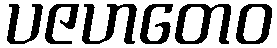
ပဇဟတေဝ